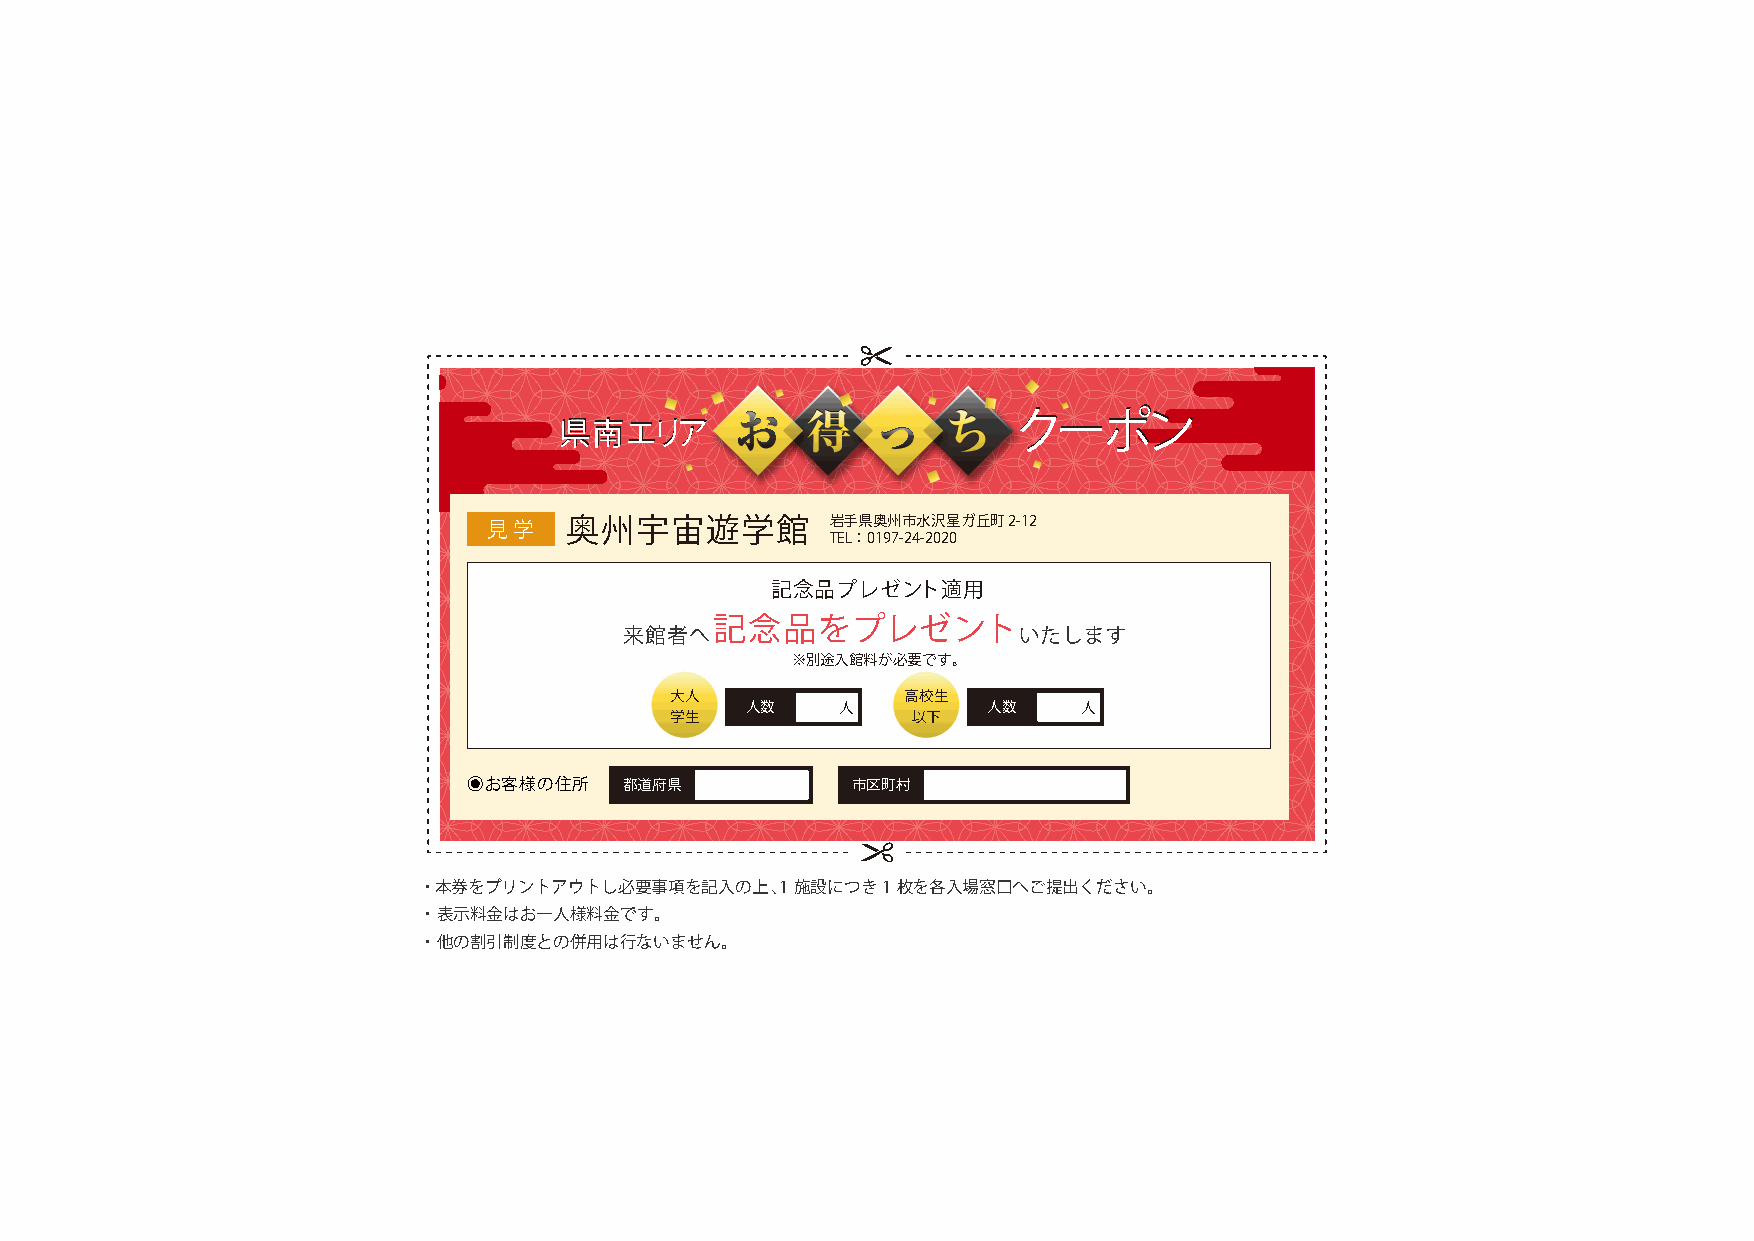
県県南南エエリリアア
 ククーーポポンン
 見 学  奥州宇宙遊学館           岩手県奥州市水沢星ガ丘町2-12
 TEL：0197-24-2020
 記念品プレゼント適用
 記念品をプレゼント
 来館者へ                      いたします
 ※別途入館料が必要です。
 大人              高校生
 人数     人        人数     人
 学生              以下
 ◉お客様の住所   都道府県           市区町村
 ・ 本券をプリントアウトし必要事項を記入の上、1施設につき1枚を各入場窓口へご提出ください。
 ・ 表示料金はお一人様料金です。
 ・ 他の割引制度との併用は行ないません。